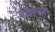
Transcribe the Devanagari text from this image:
रोहज्